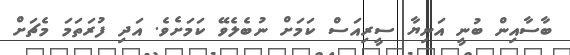
ބާސާއިން ބުނީ އަނިޔާ ސީރިއަސް ކަމަށް ނުބެލެވޭ ކަމަށެވެ. އަދި ފުރަތަމަ މެޗަށް